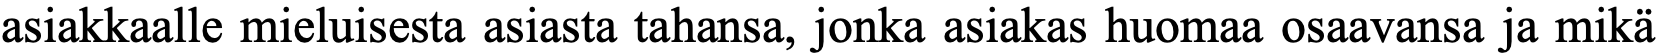
asiakkaalle mieluisesta asiasta tahansa, jonka asiakas huomaa osaavansa ja mikä